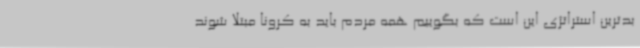
بدترین استراتژی این است که بگوییم همه مردم باید به کرونا مبتلا شوند